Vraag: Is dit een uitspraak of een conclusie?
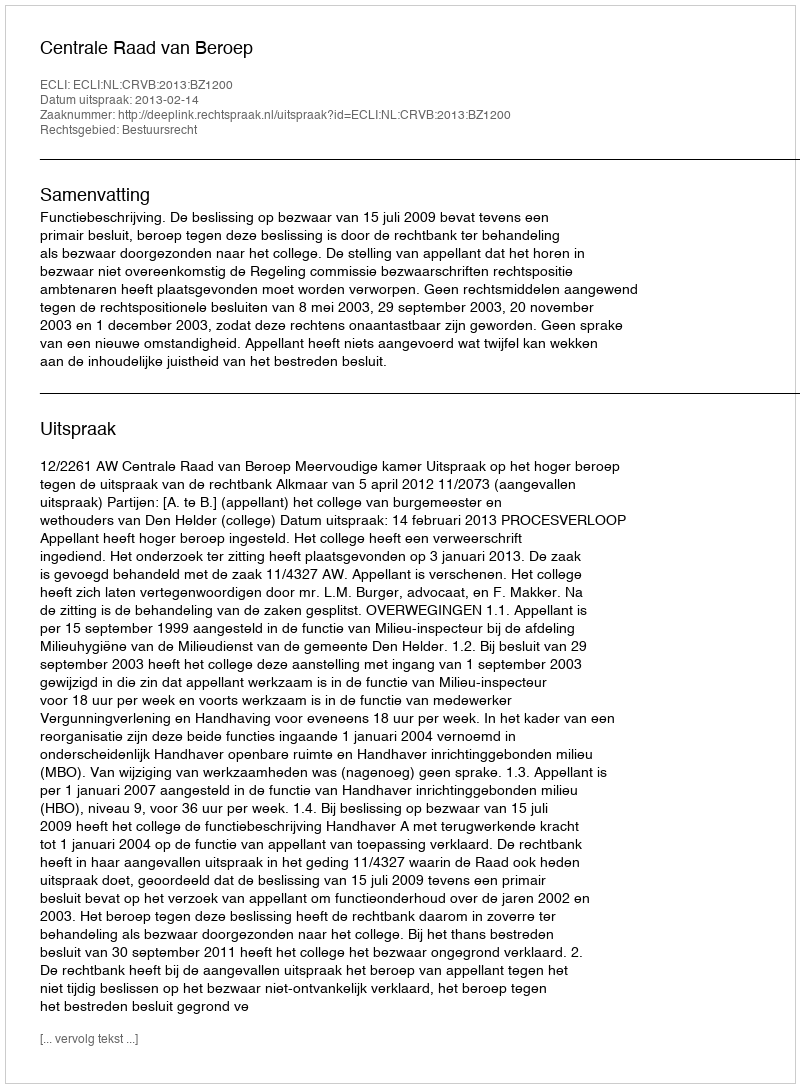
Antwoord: Uitspraak